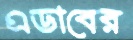
এডাবের